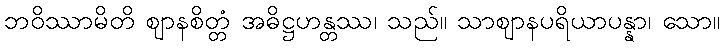
ဘဝိဿာမိတိ ဈာနစိတ္တံ အဓိဋ္ဌဟန္တဿ၊ သည်။ သာဈာနပရိယာပန္နာ၊ သော။